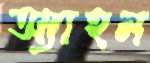
অ্যাহন